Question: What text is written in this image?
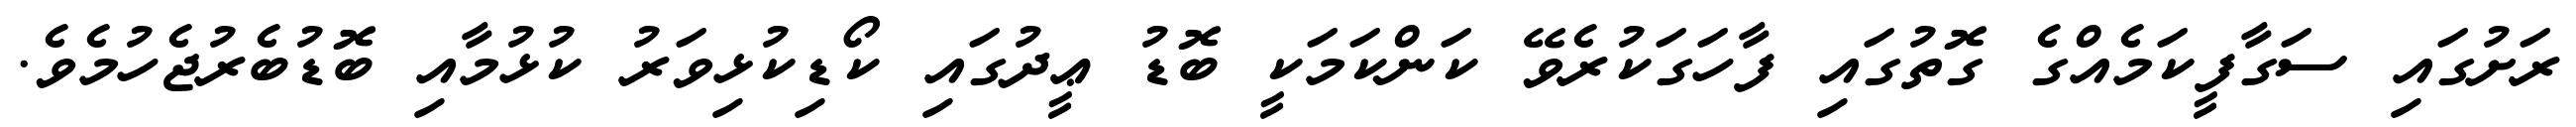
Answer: ރަށުގައި ސަގާފީކަމެއްގެ ގޮތުގައި ފާހަގަކުރެވޭ ކަންކަމަކީ ބޮޑު ޢީދުގައި ކޯޑިކުޅިވަރު ކުޅުމާއި ބޮޑުބެރުޖެހުމެވެ.